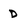
Character: D